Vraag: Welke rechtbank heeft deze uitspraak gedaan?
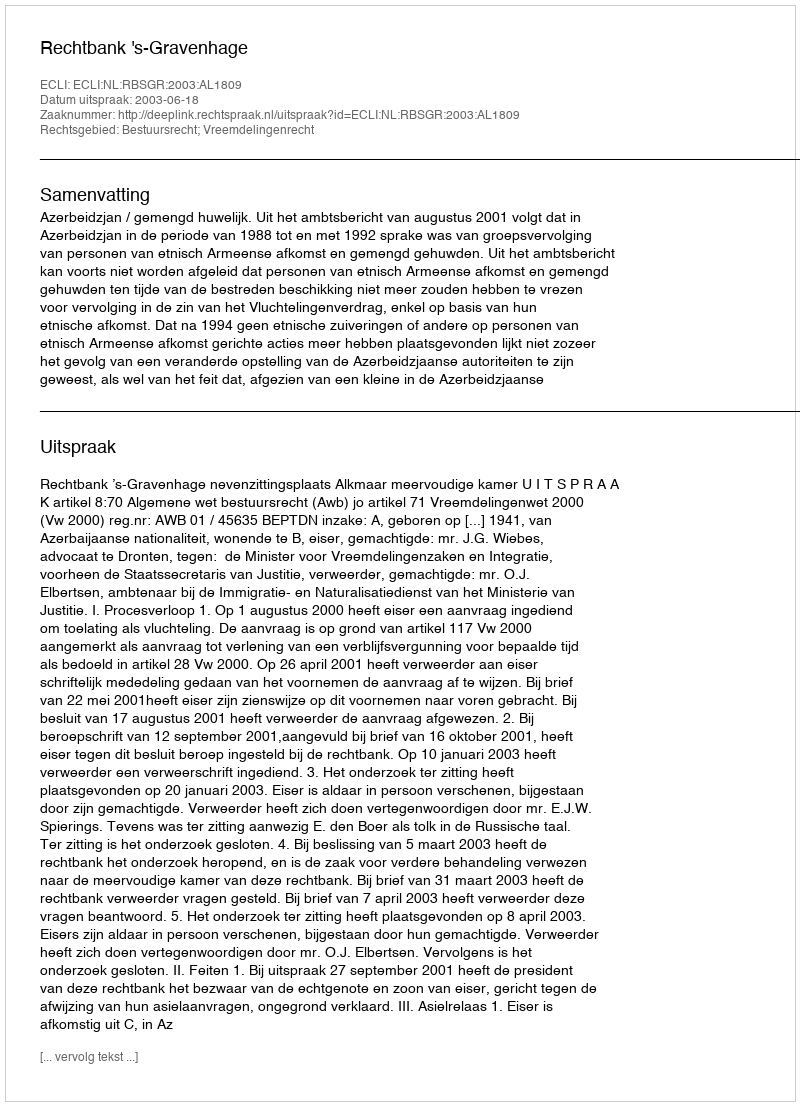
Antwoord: Rechtbank 's-Gravenhage